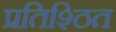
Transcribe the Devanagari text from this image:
प्रतिश्ठित